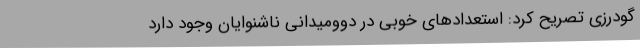
گودرزی تصریح کرد: استعدادهای خوبی در دوومیدانی ناشنوایان وجود دارد